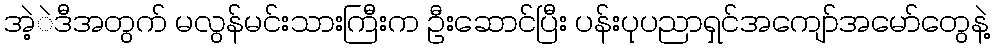
အဲ့ဲဒီအတွက် မလွန်မင်းသားကြီးက ဦးဆောင်ပြီး ပန်းပုပညာရှင်အကျော်အမော်တွေနဲ့